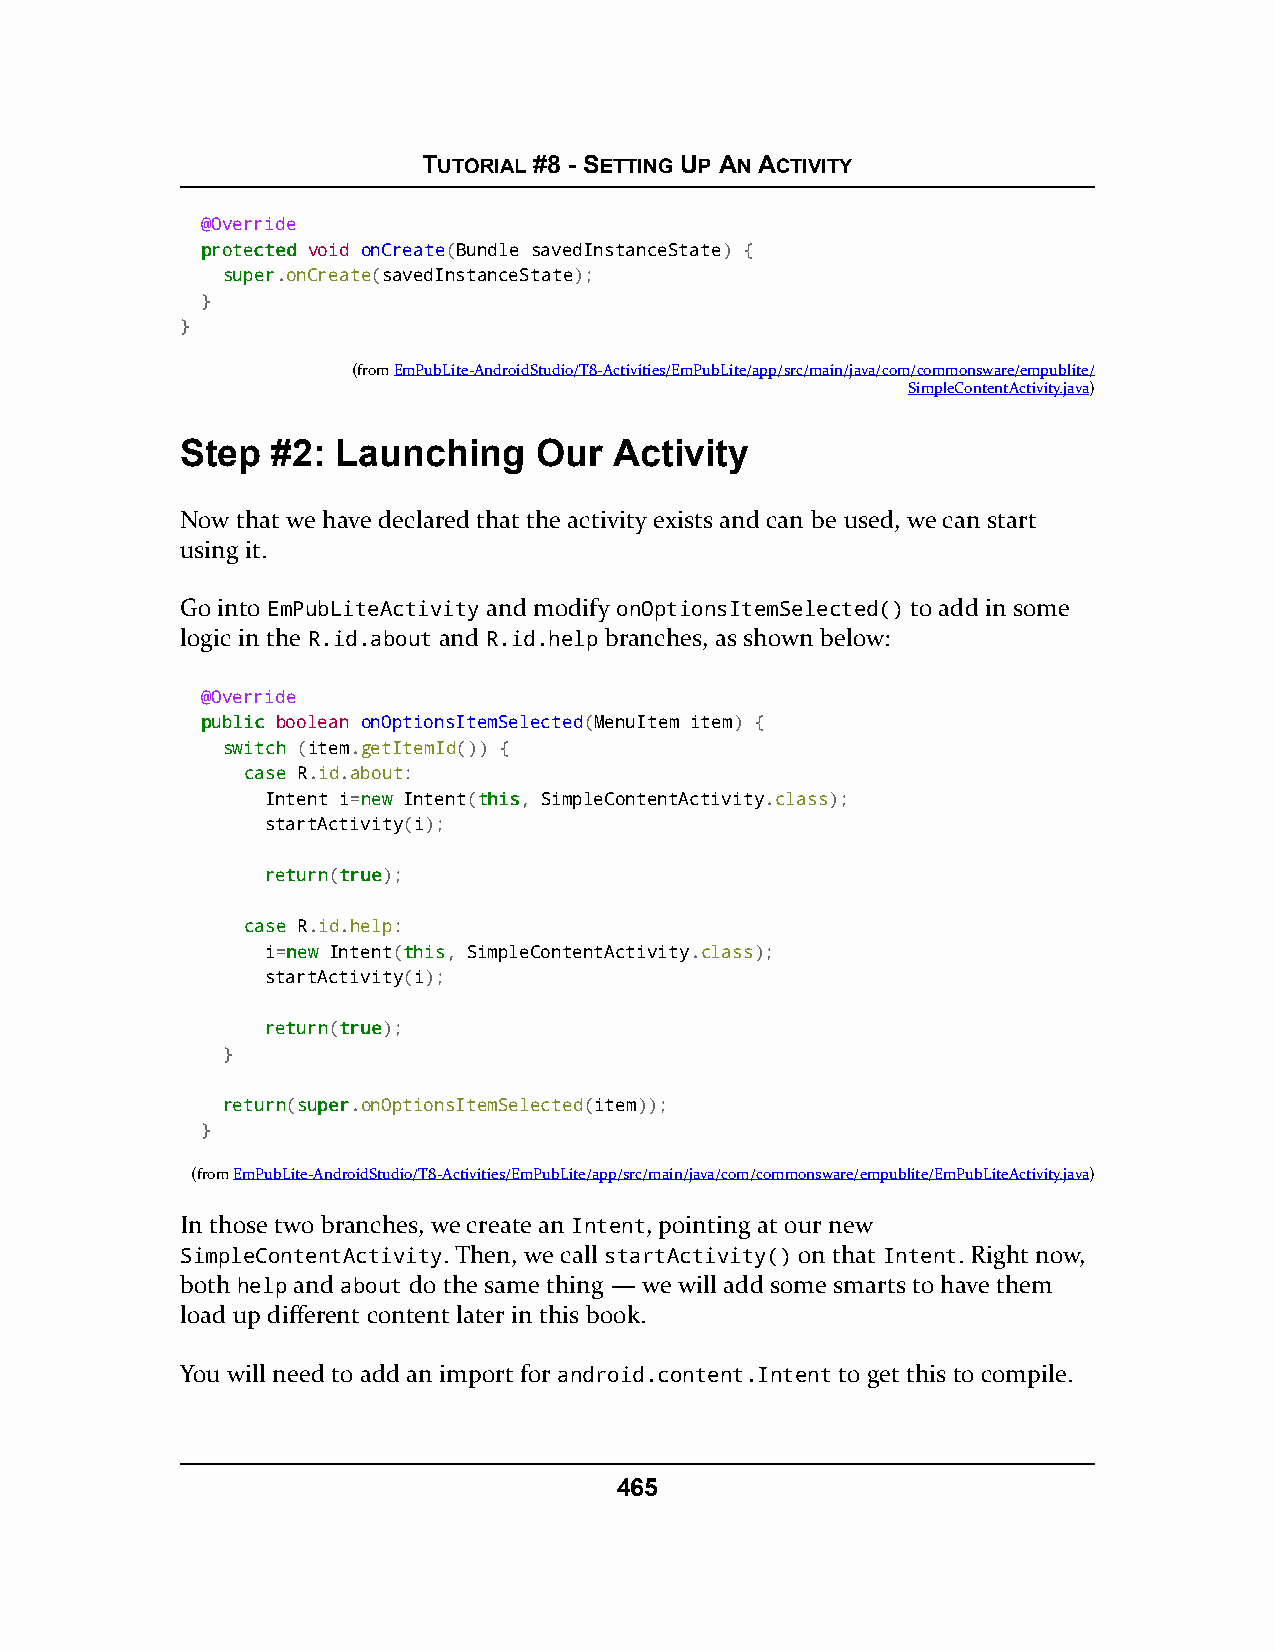
TUTORIAL #8 - SETTING UP AN ACTIVITY
 @Override
 pprrootteecctteedd void onCreate(Bundle savedInstanceState) {
 ssuuppeerr.onCreate(savedInstanceState);
 }
 }
 (fromEmPubLite-AndroidStudio/T8-Activities/EmPubLite/app/src/main/java/com/commonsware/empublite/
 SimpleContentActivity.java)
 Step  #2: Launching     Our  Activity
 Now that we have declared that the activity exists and can be used, we can start
 using it.
 Go into EmPubLiteActivity and modify onOptionsItemSelected() to add in some
 logic in the R.id.about and R.id.help branches, as shown below:
 @Override
 ppuubblliicc boolean onOptionsItemSelected(MenuItem item) {
 sswwiittcchh (item.getItemId()) {
 ccaassee R.id.about:
 Intent i=nneeww Intent(tthhiiss, SimpleContentActivity.class);
 startActivity(i);
 rreettuurrnn(ttrruuee);
 ccaassee R.id.help:
 i=nneeww Intent(tthhiiss, SimpleContentActivity.class);
 startActivity(i);
 rreettuurrnn(ttrruuee);
 }
 rreettuurrnn(ssuuppeerr.onOptionsItemSelected(item));
 }
 (fromEmPubLite-AndroidStudio/T8-Activities/EmPubLite/app/src/main/java/com/commonsware/empublite/EmPubLiteActivity.java)
 In those two branches, we create an Intent, pointing at our new
 SimpleContentActivity. Then, we call startActivity() on that Intent. Right now,
 both help and about do the same thing — we will add some smarts to have them
 load up different content later in this book.
 You will need to add an import for android.content.Intent to get this to compile.
 465